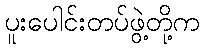
ပူးပေါင်းတပ်ဖွဲ့တို့က